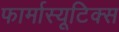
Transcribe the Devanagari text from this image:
फार्मास्यूटिक्स